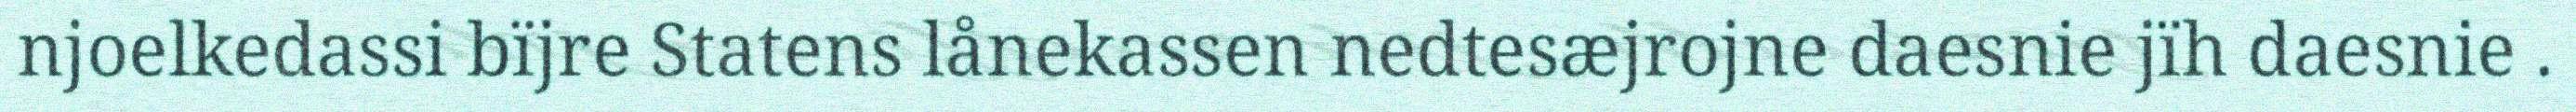
njoelkedassi bïjre Statens lånekassen nedtesæjrojne daesnie jïh daesnie .